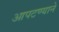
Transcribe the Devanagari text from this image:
आपटण्याने